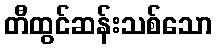
တီထွင်ဆန်းသစ်သော